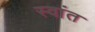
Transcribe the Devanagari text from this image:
स्वांत